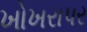
ખોખરાપર